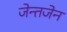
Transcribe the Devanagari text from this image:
जेन्तजेन